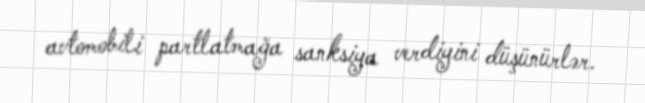
avtomobili partlatmağa sanksiya verdiyini düşünürlər.